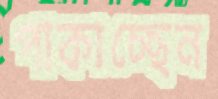
পাকাচ্ছেন